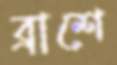
ব্রাশে